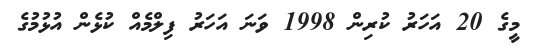
މީގެ 20 އަހަރު ކުރިން 1998 ވަނަ އަަހަރު ފިލްމެއް ކުޅެން އުޅުމުގެ